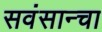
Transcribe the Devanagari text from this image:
सवंसान्चा